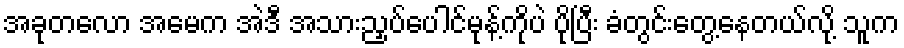
အခုတလော အမေက အဲဒီ အသားညှပ်ပေါင်မုန့်ကိုပဲ ပိုပြီး ခံတွင်းတွေ့နေတယ်လို့ သူက